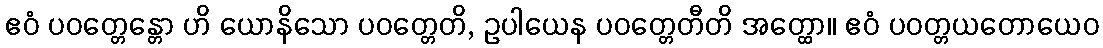
ဧဝံ ပဝတ္တေန္တော ဟိ ယောနိသော ပဝတ္တေတိ, ဥပါယေန ပဝတ္တေတီတိ အတ္ထော။ ဧဝံ ပဝတ္တယတောယေဝ